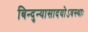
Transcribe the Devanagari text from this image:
बिन्दुन्यासादयोऽवस्थाः